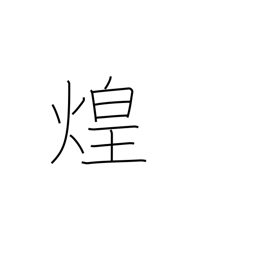
Meaning: glitter